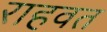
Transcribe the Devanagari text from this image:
राहवत